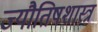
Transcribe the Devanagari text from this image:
ज्यौतिषशास्त्र